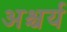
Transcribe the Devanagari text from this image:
अश्चर्य